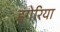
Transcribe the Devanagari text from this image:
हंगेरिया